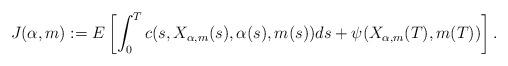
LaTeX: \begin{align*}J(\alpha, m) := E\left[ \int_0^T c(s,X_{\alpha, m} (s), \alpha(s), m(s))ds + \psi(X_{\alpha, m} (T), m(T)) \right].\end{align*}